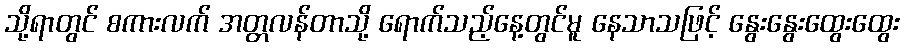
သို့ရာတွင် စကားလက် အတ္တလန်တာသို့ ရောက်သည့်နေ့တွင်မူ နေသာသဖြင့် နွေးနွေးထွေးထွေး